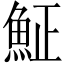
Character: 𩶝